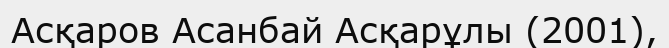
Асқаров Асанбай Асқарұлы (2001),